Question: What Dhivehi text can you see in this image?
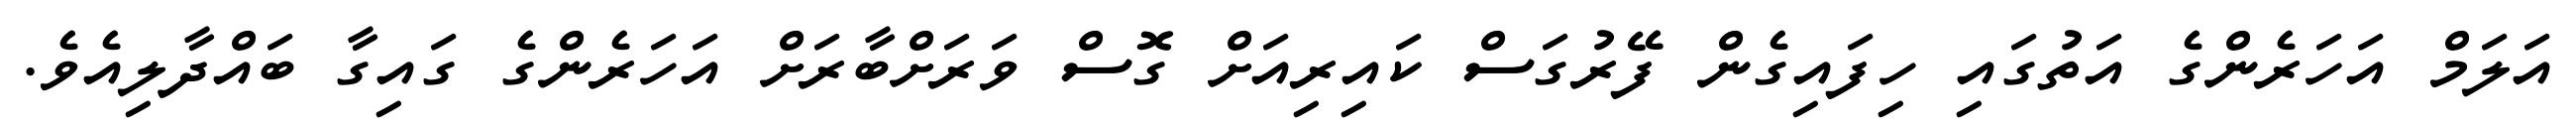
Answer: އަލަމް އަހަރެންގެ އަތުގައި ހިފައިގެން ފޭރުގަސް ކައިރިއަށް ގޮސް ވަރަށްބާރަށް އަހަރެންގެ ގައިގާ ބައްދާލިއެވެ.